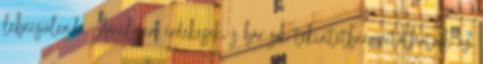
lebecsülendő. Amilyen érdekesek, s bár sok tekintetben vitathatóak az